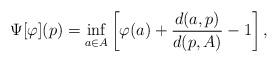
LaTeX: \begin{align*} \Psi[\varphi](p)= \inf_{a\in A}\left[\varphi(a)+\frac{d(a,p)}{d(p,A)}-1\right], \end{align*}